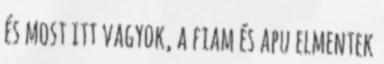
és most itt vagyok, a fiam és apu elmentek